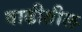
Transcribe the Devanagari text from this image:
वाढीतील